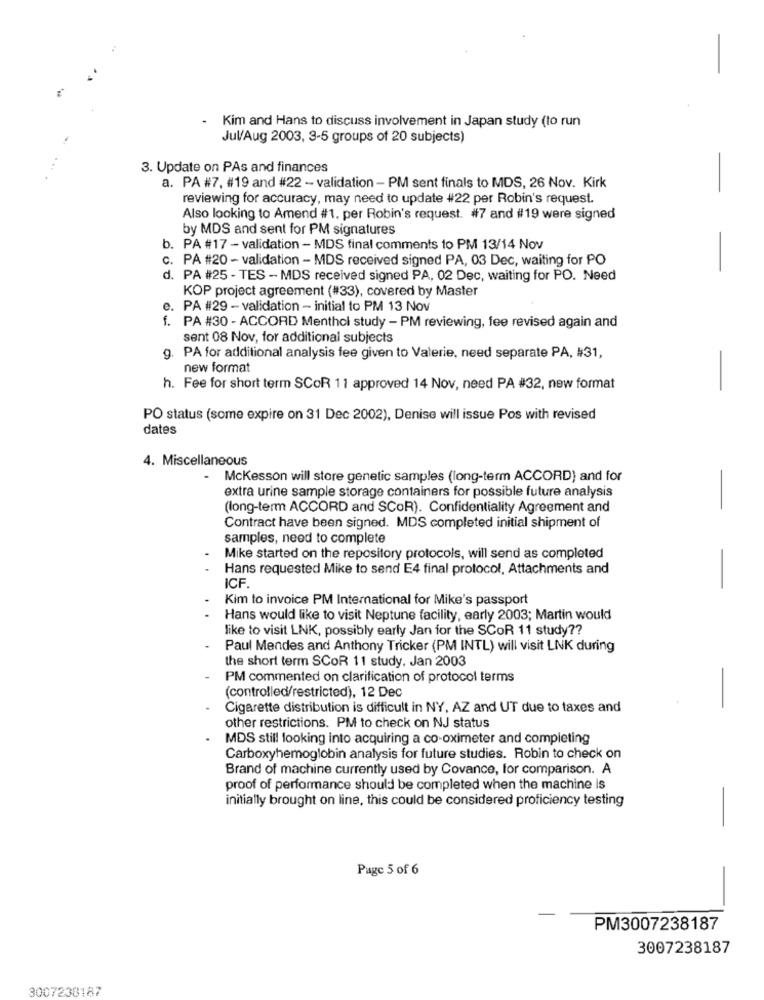
Kim and Hans to discuss involvement in Japan study (to run
Jul/Aug 2003, 3-5 groups of 20 subjects)
3. Update on PAs and finances
a. PA #7, #19 and #22 - validation - PM sent finals to MDS, 26 Nov. Kirk
reviewing for accuracy, may need to update #22 per Robin's request.
Also looking to Amend #1. per Robin's request. #7 and #19 were signed
by MDS and sent for PM signatures
-
b. PA #17 - validation - MDS final comments to PM 13/14 Nov
. PA #20 - validation - MDS received signed PA, 03 Dec, waiting for PO
d. PA #25 - TES - MDS received signed PA, 02 Dec, waiting for PO. Need
KOP project agreement (#33), covered by Master
e. PA #29 - validation - initial to PM 13 Nov
f. PA #30 - ACCORD Menthol study - PM reviewing, fee revised again and
sent 08 Nov, for additional subjects
. PA for additional analysis fee given to Valerie, need separate PA, #31,
new format
-
h. Fee for short term SCoR 11 approved 14 Nov, need PA #32, new format
PO status (some expire on 31 Dec 2002), Denise will issue Pos with revised
dates
4. Miscellaneous
-
Mckesson will store genetic samples (long-term ACCORD) and for
extra urine sample storage containers for possible future analysis
-
(long-term ACCORD and SCOR). Confidentiality Agreement and
Contract have been signed. MDS completed initial shipment of
samples, need to complete
Mike started on the repository protocols, will send as completed
Hans requested Mike to send E4 final protocol, Attachments and
ICF.
Kim to invoice PM International for Mike's passport
Hans would like to visit Neptune facility, early 2003; Martin would
like to visit LNK, possibly early Jan for the SCOR 11 study ??
Paul Mendes and Anthony Tricker (PM INTL) will visit LNK during
the short term SCOR 11 study. Jan 2003
PM commented on clarification of protocol terms
(controlled/restricted), 12 Dec
Cigarette distribution is difficult in NY, AZ and UT due to taxes and
other restrictions. PM to check on NJ status
MDS still looking into acquiring a co-oximeter and completing
Carboxyhemoglobin analysis for future studies. Robin to check on
Brand of machine currently used by Covance, for comparison. A
proof of performance should be completed when the machine is
initially brought on line, this could be considered proficiency testing
-
Page 5 of 6
PM3007238187
3007238187
3007238187